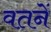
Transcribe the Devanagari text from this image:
वतनें